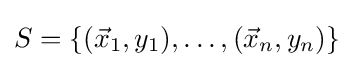
S=\{({\vec {x}}_{1},y_{1}),\dots ,({\vec {x}}_{n},y_{n})\}